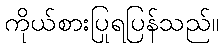
ကိုယ်စားပြုရပြန်သည်။